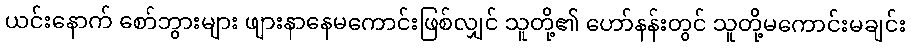
ယင်းနောက် စော်ဘွားများ ဖျားနာနေမကောင်းဖြစ်လျှင် သူတို့၏ ဟော်နန်းတွင် သူတို့မကောင်းမချင်း